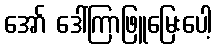
အော် ဒေါ်ကြာဖြူမြေးပေါ့